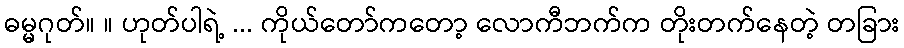
ဓမ္မဂုတ်။ ။ ဟုတ်ပါရဲ့ ... ကိုယ်တော်ကတော့ လောကီဘက်က တိုးတက်နေတဲ့ တခြား